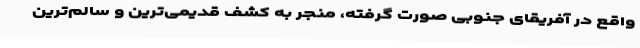
واقع در آفریقای جنوبی صورت گرفته، منجر به کشف قدیمی‌ترین و سالم‌ترین